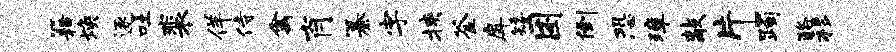
籍焕逐吐裴佯侍禽肖纂字挟釜戽矮困倒恐璋敲片躅酪移